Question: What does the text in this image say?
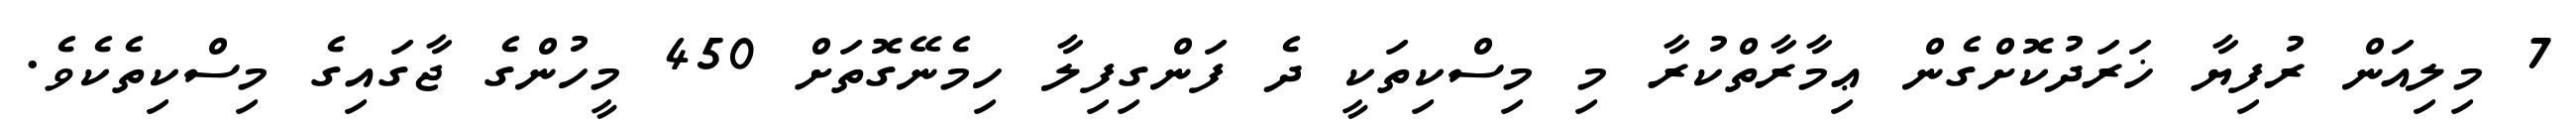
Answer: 7 މިލިއަން ރުފިޔާ ޚަރަދުކޮށްގެން ޢިމާރާތްކުރާ މި މިސްކިތަކީ ދެ ފަންގިފިލާ ހިމެނޭގޮތަށް 450 މީހުންގެ ޖާގައިގެ މިސްކިތެކެވެ.